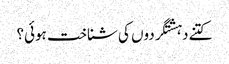
کتنے دہشتگردوں کی شناخت ہوئی؟